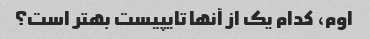
اوم، کدام یک از آنها تایپیست بهتر است؟